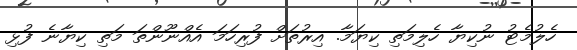
ހެލުމެޓު ނުކިޔާ ހެލިމަތި ކިޔަމާ. އިރުތަށް ފުރިހަމަ އެއްނޫންތަ މަތި ކިޔާނެ ފުޅި